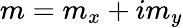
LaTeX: m=m_{x}+im_{y}